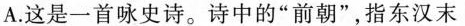
A.这是一首咏史诗。诗中的”前朝”，指东汉末